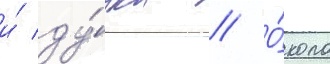
и́ ду́дка // О́коло